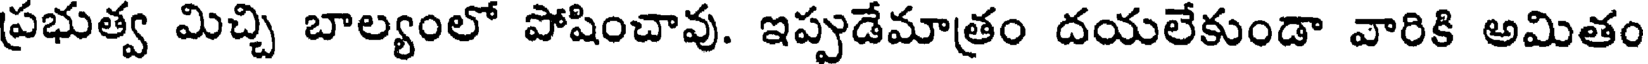
ప్రభుత్వ మిచ్చి బాల్యంలో పోషించావు. ఇప్పుడేమాత్రం దయలేకుండా వారికి అమితం